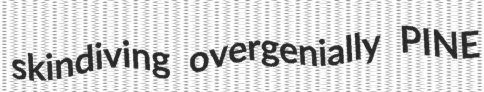
skindiving overgenially PINE